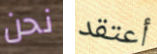
نحن أعتقد